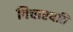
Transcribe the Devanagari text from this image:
विचारयति